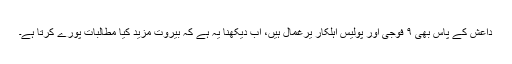
داعش کے پاس بھی ۹ فوجی اور پولیس اہلکار یرغمال ہیں، اب دیکھنا یہ ہے کہ بیروت مزید کیا مطالبات پورے کرتا ہے۔